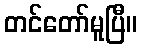
တင်တော်မူပြီ။